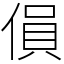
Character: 傊